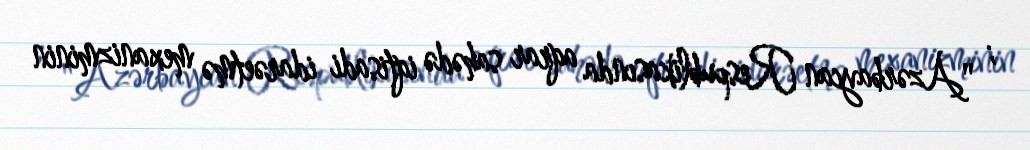
; "Azərbaycan Respublikasında aqrar sahədə iqtisadi idarəetmə mexanizminin